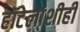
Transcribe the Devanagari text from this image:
हॉटेलांशीही